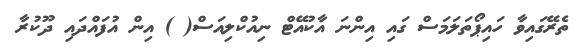
ތެރޭގައިވާ ހައިޕޯތަލަމަސް ގައި އިންނަ އާކުއޭޓް ނިއުކްލިއަސް( ) އިން އުފައްދައި ދޫކުރާ